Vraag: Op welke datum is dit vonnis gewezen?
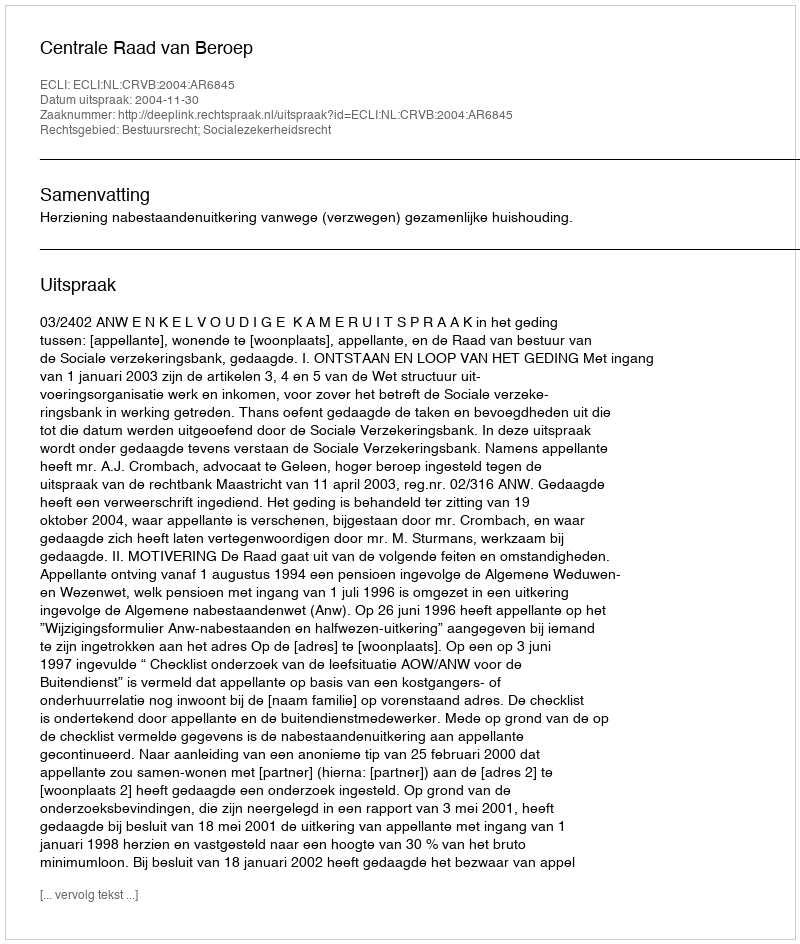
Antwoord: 2004-11-30